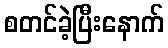
စတင်ခဲ့ပြီးနောက်